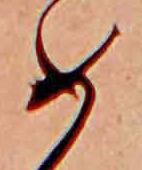
め